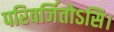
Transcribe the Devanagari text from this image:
परिवर्जितोऽसि।